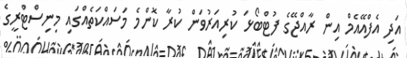
އަދި އެފްއޭއެމް އިން ރާއްޖޭގެ ފުޓްބޯޅަ ކުރިއަރުވަން ކުރާ ކޮންމެ މަސައްކަތެއްގައި މިނިސްޓްރީގެ